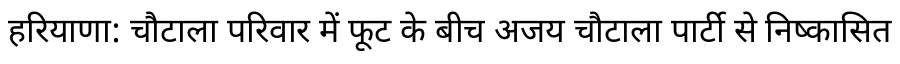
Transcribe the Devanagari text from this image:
हरियाणा: चौटाला परिवार में फूट के बीच अजय चौटाला पार्टी से निष्कासित